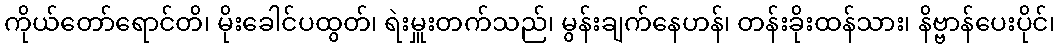
ကိုယ်တော်ရောင်တိ၊ မိုးခေါင်ပထွတ်၊ ရဲးမှူးတက်သည်၊ မွန်းချက်နေဟန်၊ တန်းခိုးထန်သား၊ နိဗ္ဗာန်ပေးပိုင်၊